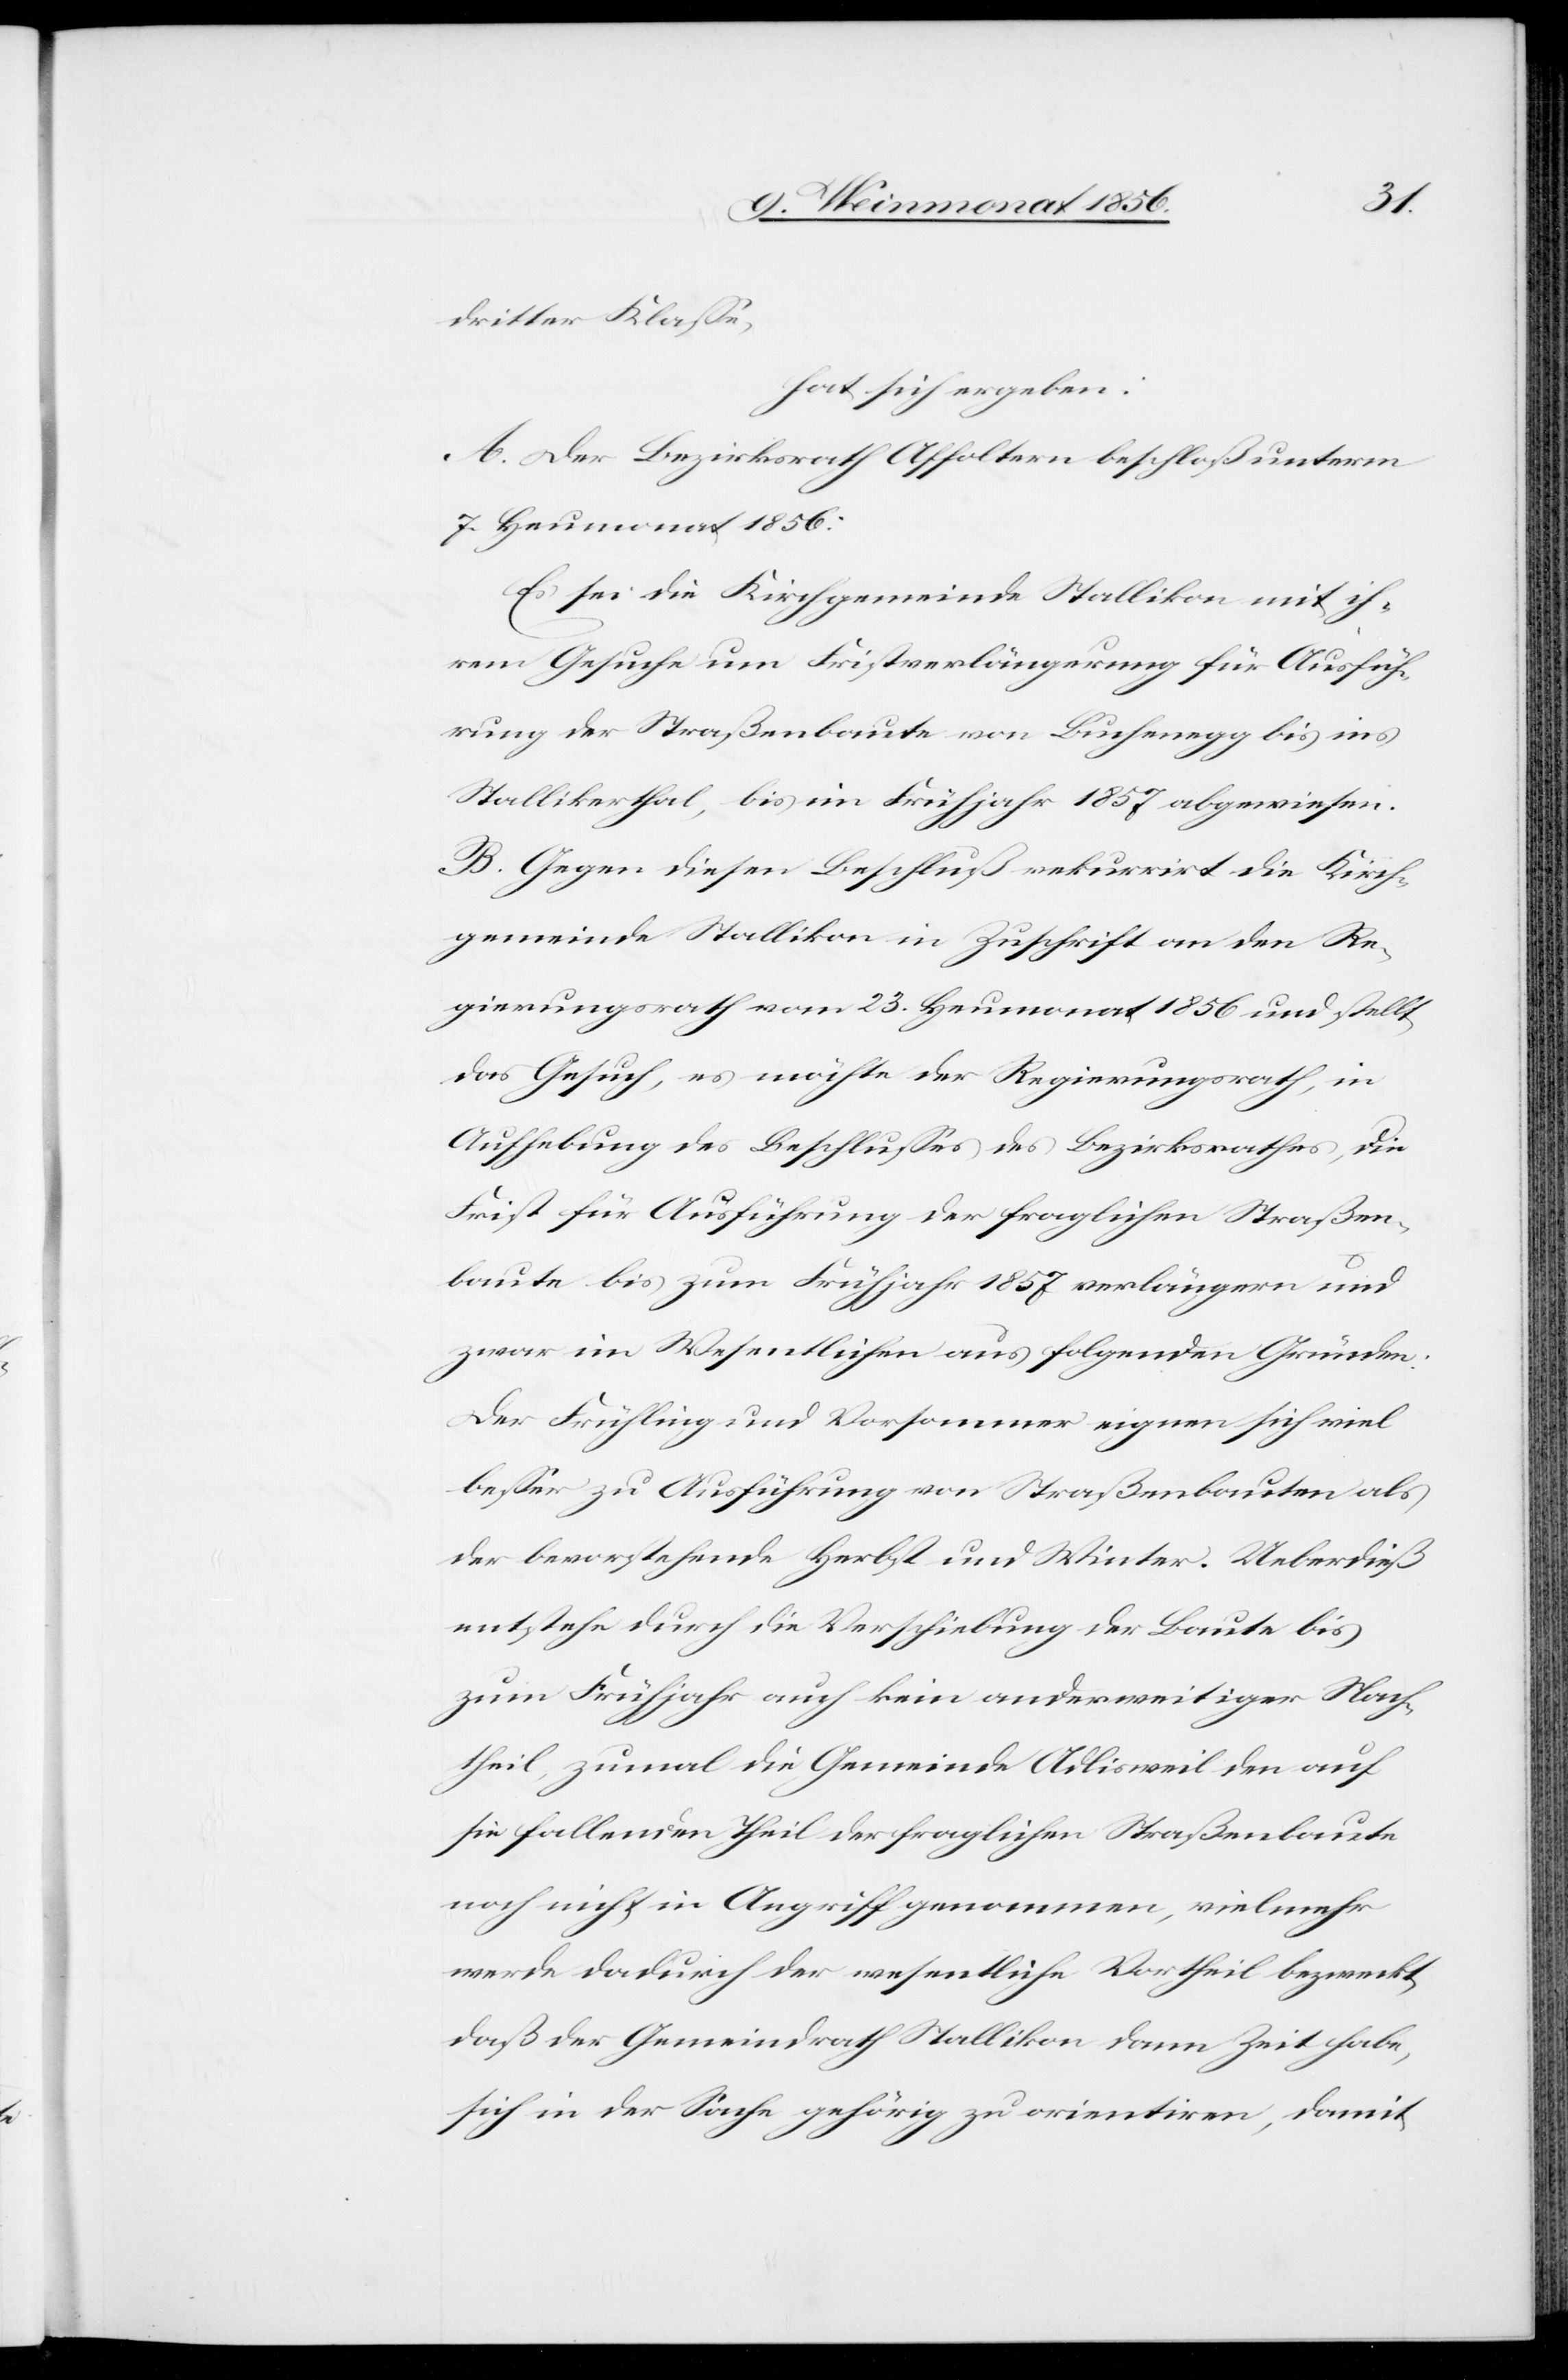
dritter Klasse,
hat sich ergeben:
A. Der Bezirksrath Affoltern beschloß unterm
7. Heumonat 1856:
Es sei die Kirchgemeinde Stallikon mit ih¬
rem Gesuche um Fristverlängerung für Ausfüh¬
rung der Straßenbaute von Buchenegg bis ins
Stallikerthal, bis im Frühjahr 1857 abgewiesen.
B. Gegen diesen Beschluß rekurrirt die Kirch¬
gemeinde Stallikon in Zuschrift an den Re¬
gierungsrath vom 23. Heumonat 1856 und stellt
das Gesuch, es möchte der Regierungsrath, in
Aufhebung des Beschlusses des Bezirksrathes, die
Frist für Ausführung der fraglichen Straßen¬
baute bis zum Frühjahr 1857 verlängern und
zwar im Wesentlichen aus folgenden Gründen:
Der Frühling und Vorsommer eignen sich viel
besser zu Ausführung von Straßenbauten als
der bevorstehende Herbst und Winter. Ueberdieß
entstehe durch die Verschiebung der Baute bis
zum Frühjahr auch kein andersweitiger Nach¬
theil, zumal die Gemeinde Adlisweil den auf
sie fallenden Theil der fraglichen Straßenbaute
noch nicht in Angriff genommen, vielmehr
werde dadurch der wesentliche Vortheil bezweckt,
daß der Gemeindrath Stallikon dann Zeit habe,
sich in der Sache gehörig zu orientiren, damit